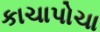
કાચાપોચા